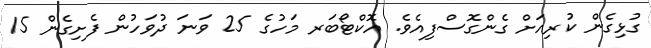
ގުޅިގެން ކުރިއަށް ގެންގޮސްފިއެވެ. އޮކްޓޯބަރ މަހުގެ 25 ވަނަ ދުވަހުން ފެށިގެން 15